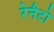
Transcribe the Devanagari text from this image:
रेनैटो